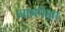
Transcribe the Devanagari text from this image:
आयपेक्षा